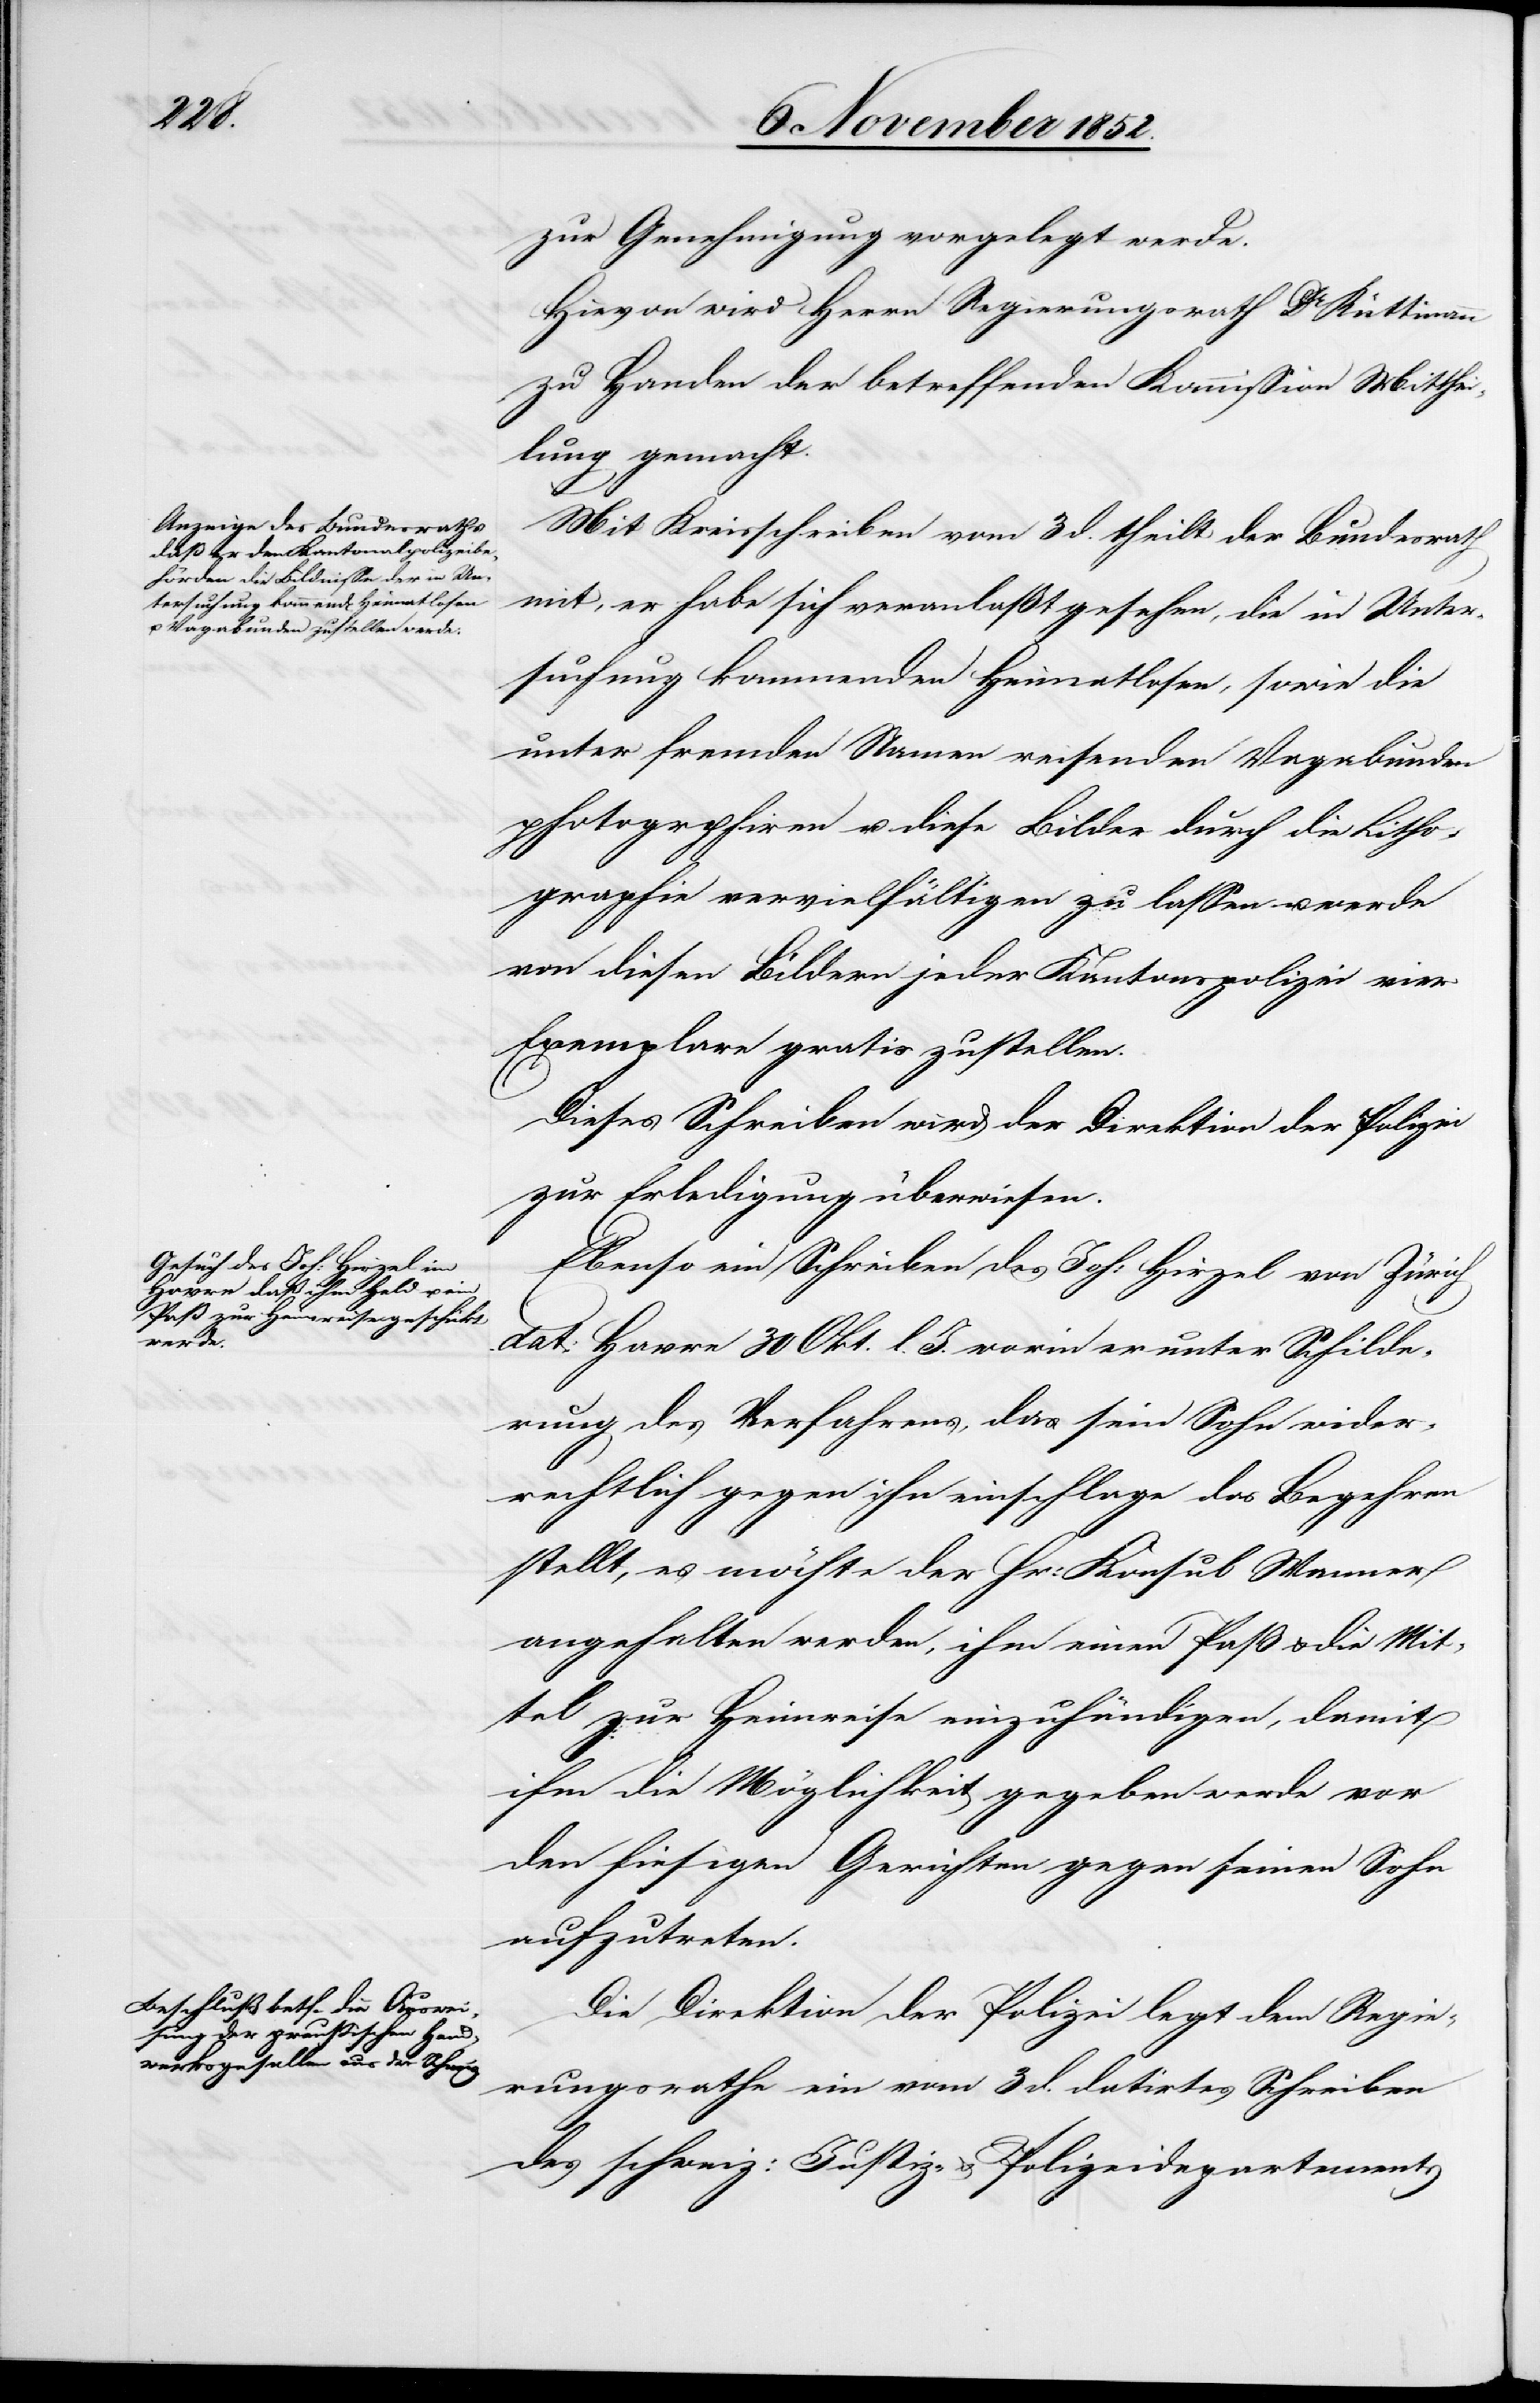
zur Genehmigung vorgelegt werde.
Hievon wird Herrn Regierungsrath Dr Rüttimann
zu Handen der betreffenden Kommission Mitthei¬
lung gemacht.
Mit Kreisschreiben vom 3 d. theilt der Bundesrath
mit, er habe sich veranlaßt gesehen, die in Unter¬
suchung kommenden Heimatlosen, sowie die
unter fremden Namen reisenden Vagabunden
photogr[a]phiren u. diese Bilder durch die Litho¬
graphie vervielfältigen zu lassen u. werde
von diesen Bildern jeder Kantonspolizei vier
Exemplare gratis zustellen.
Dieses Schreiben wird der Direktion der Polizei
zur Erledigung überwiesen.
Ebenso ein Schreiben des Joh: Hirzel von Zürich
dat: Havre 30 Okt. l. J. worin er unter Schilde¬
rung des Verfahrens, das sein Sohn wider¬
rechtlich gegen ihn einschlage das Begehren
stellt, es möchte der Hr: Konsul Wanner
angehalten werden, ihm einen Paß & die Mit¬
tel zur Heimreise einzuhändigen, damit
ihm die Möglichkeit gegeben werde vor
den hiesigen Gerichten gegen seinen Sohn
aufzutreten.
Die Direktion der Polizei legt dem Regie¬
rungsrathe ein vom 3 d. datirtes Schreiben
des schweiz: Justiz- & Polizeidepartements